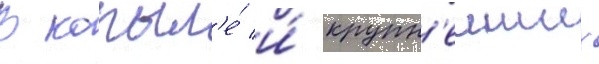
В копыл'е́ и́ крупн'еиших